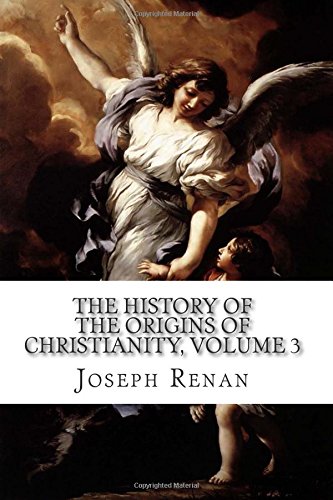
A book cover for The History of the Origins of Christianity, Volume 3: Saint Paul, 13th Edition; Joseph Ernest Renan; Christian Books & Bibles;